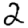
Digit: 2